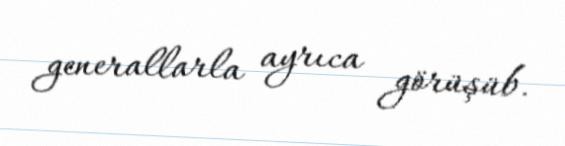
generallarla ayrıca görüşüb.